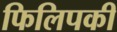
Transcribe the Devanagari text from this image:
फिलिपकी